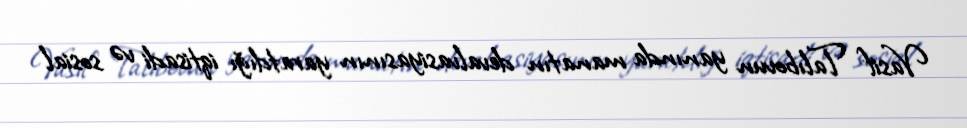
Vasif Talıbovun yanında manatın devalvasiyasının yaratdığı iqtisadi və sosial